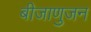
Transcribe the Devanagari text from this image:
बीजाणुजन